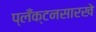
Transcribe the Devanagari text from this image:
प्लँक्टनसारखे